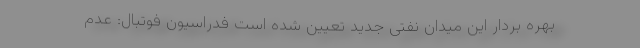
بهره بردار این میدان نفتی جدید تعیین شده است فدراسیون فوتبال: عدم